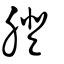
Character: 膯